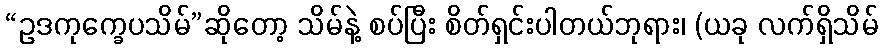
“ဥဒကုက္ခေပသိမ်”ဆိုတော့ သိမ်နဲ့ စပ်ပြီး စိတ်ရှင်းပါတယ်ဘုရား၊ (ယခု လက်ရှိသိမ်